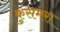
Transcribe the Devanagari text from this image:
कुसमरा